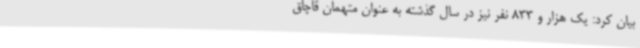
بیان کرد: یک هزار و 833 نفر نیز در سال گذشته به عنوان متهمان قاچاق